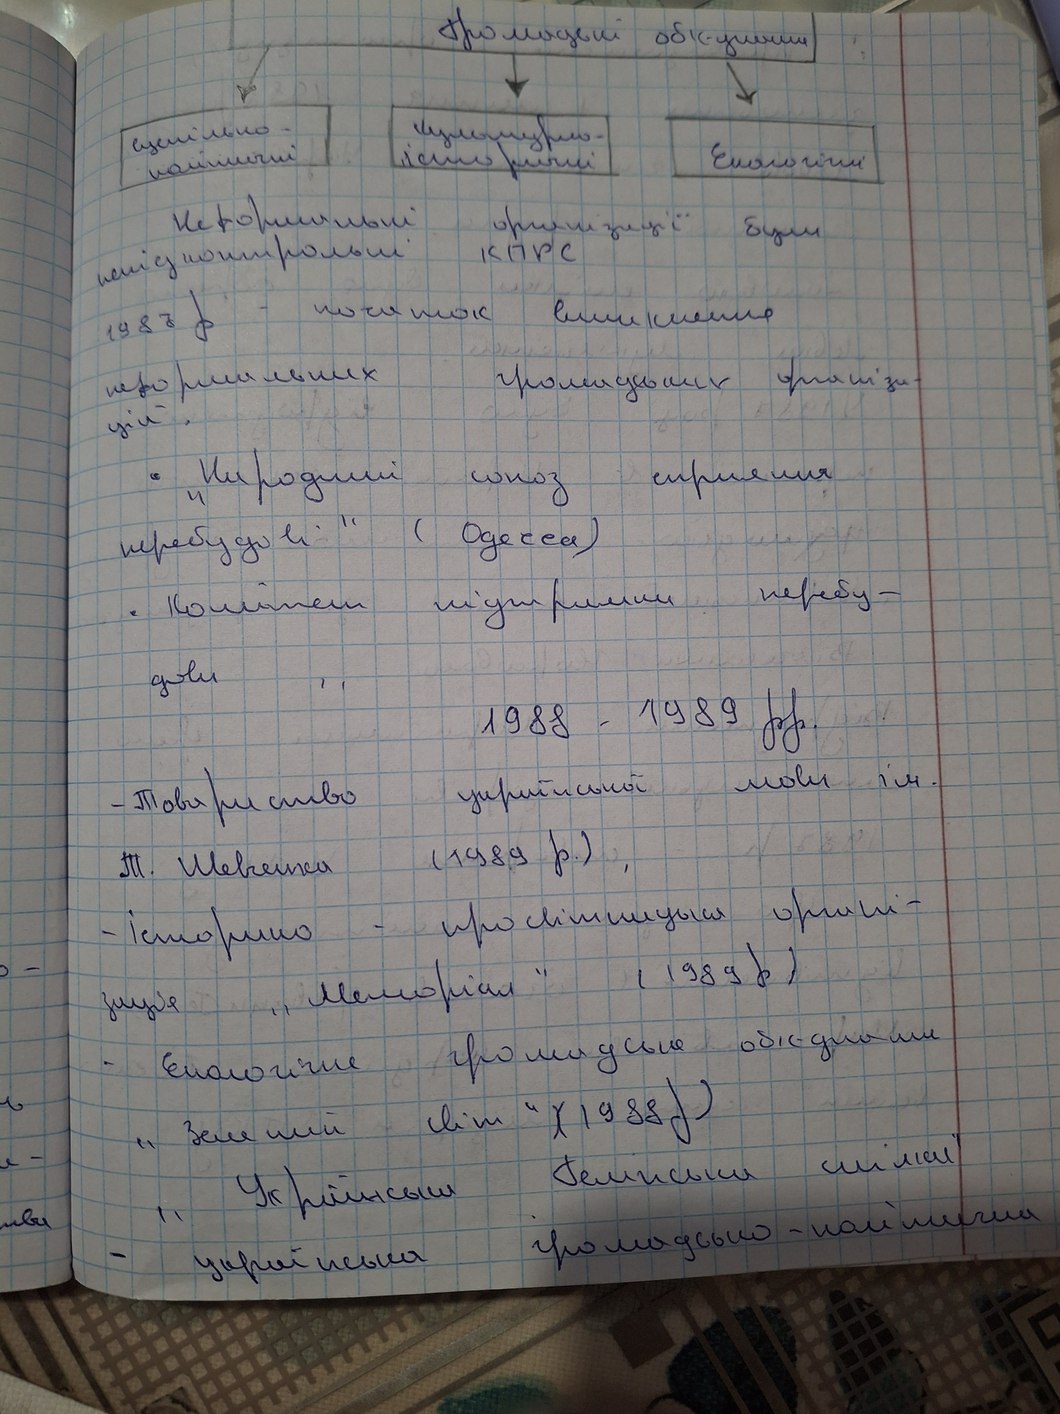
Громацькі об'єднання
суспільно-
культурно-
Екологічні
історичні
політичні
Неформальні організації були
непідконтролні  КПРС
1987 р - початок винекнення
щорічних громадських організа-
цій.
⋅ "Народний союз сприяння
перебудові" (Одесса)
⋅ Комітет підтримки перебу-
дови
1988-1989 рр.
- Товариство української мови ім.
Т. Шевченка (1989р.) ,
-історико-просвітницька органі-
зація "Меморіал" (1989 р)
-Екологічне громадське об’єднання
"Зелений світ" (1988р)
„Українська Гельсінська спілка“
- українська громадсько-політична
иви